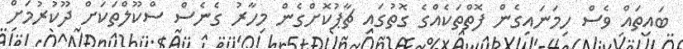
ބައިތައް ވެސް ހިމަނައިގެން ފޮތްތަކެއްގެ ގޮތުގައި ޗާޕުކޮށްގެން މިހާރު ގެނެސް ސްކޫލްތަކަށް ދޫކުރުމަށް